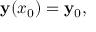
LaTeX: \mathbf { y } ( x _ { 0 } ) = \mathbf { y } _ { 0 } ,